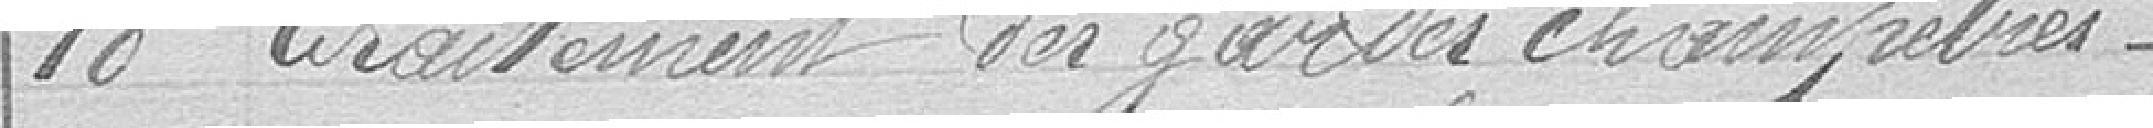
18 traitement des gardes champêtres.